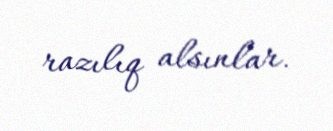
razılıq alsınlar.